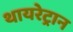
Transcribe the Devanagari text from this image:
थायरेट्रान